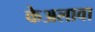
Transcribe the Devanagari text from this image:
केअलावा